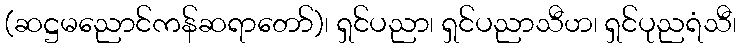
(ဆဋ္ဌမညောင်ကန်ဆရာတော်)၊ ရှင်ပညာ၊ ရှင်ပညာသီဟ၊ ရှင်ပုညရံသီ၊